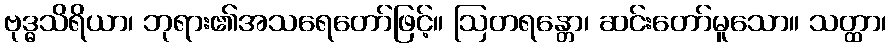
ဗုဒ္ဓသိရိယာ၊ ဘုရား၏အသရေတော်ဖြင့်။ ဩတရန္တော၊ ဆင်းတော်မူသော။ သတ္ထာ၊